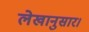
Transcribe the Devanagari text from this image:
लेखानुसार।